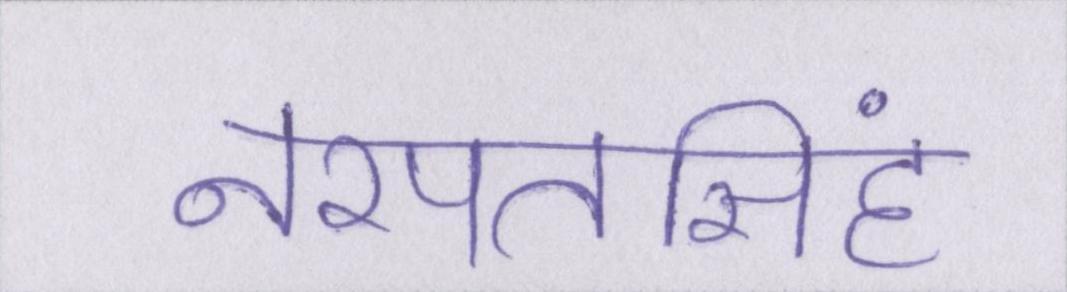
नरपतसिंह